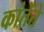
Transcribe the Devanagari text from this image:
कांतेंते